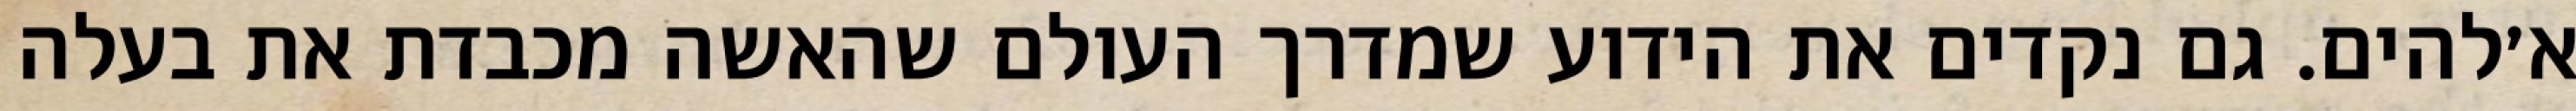
א׳להים. גם נקדים את הידוע שמדרך העולם שהאשה מכבדת את בעלה